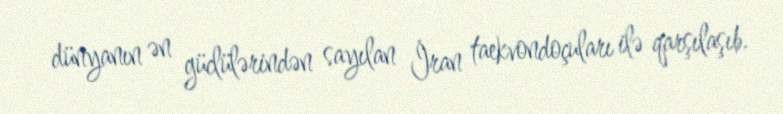
dünyanın ən güclülərindən sayılan İran taekvondoçuları ilə qarşılaşıb.